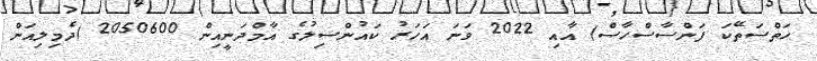
ހަތްސަތޭކަ ފަންސާސްހާސް) އާއި 2022 ވަނަ އަހަރު ކައުންސިލުގެ އާމްދަނީއިން 2050600 (ދެމިލިއަން